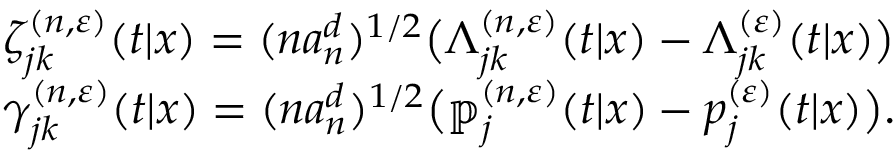
\begin{array} { r } { \zeta _ { j k } ^ { ( n , \varepsilon ) } ( t | x ) = ( n a _ { n } ^ { d } ) ^ { 1 / 2 } \big ( \mathbb { \Lambda } _ { j k } ^ { ( n , \varepsilon ) } ( t | x ) - \Lambda _ { j k } ^ { ( \varepsilon ) } ( t | x ) \big ) } \\ { \gamma _ { j k } ^ { ( n , \varepsilon ) } ( t | x ) = ( n a _ { n } ^ { d } ) ^ { 1 / 2 } \big ( \mathbb { p } _ { j } ^ { ( n , \varepsilon ) } ( t | x ) - p _ { j } ^ { ( \varepsilon ) } ( t | x ) \big ) . } \end{array}